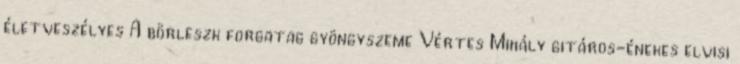
életveszélyes A börleszk forgatag gyöngyszeme Vértes Mihály gitáros-énekes elvisi